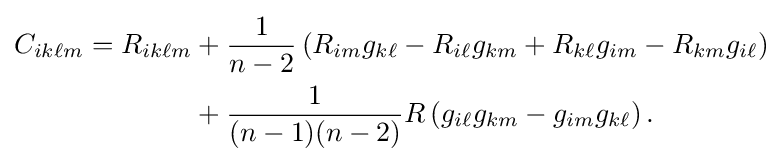
{\begin{aligned}C_{ik\ell m}=R_{ik\ell m}+{}&{\frac {1}{n-2}}\left(R_{im}g_{k\ell }-R_{i\ell }g_{km}+R_{k\ell }g_{im}-R_{km}g_{i\ell }\right)\\{}+{}&{\frac {1}{(n-1)(n-2)}}R\left(g_{i\ell }g_{km}-g_{im}g_{k\ell }\right).\ \end{aligned}}